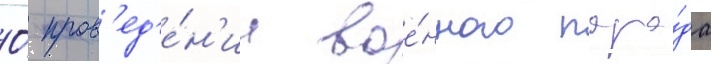
О́ пров'ед'е́н'ии вое́нного пара́да